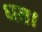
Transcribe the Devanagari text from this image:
धत।